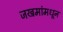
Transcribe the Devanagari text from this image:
जखमांमधून